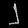
Digit: ၂